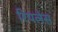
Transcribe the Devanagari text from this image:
रिपलेस